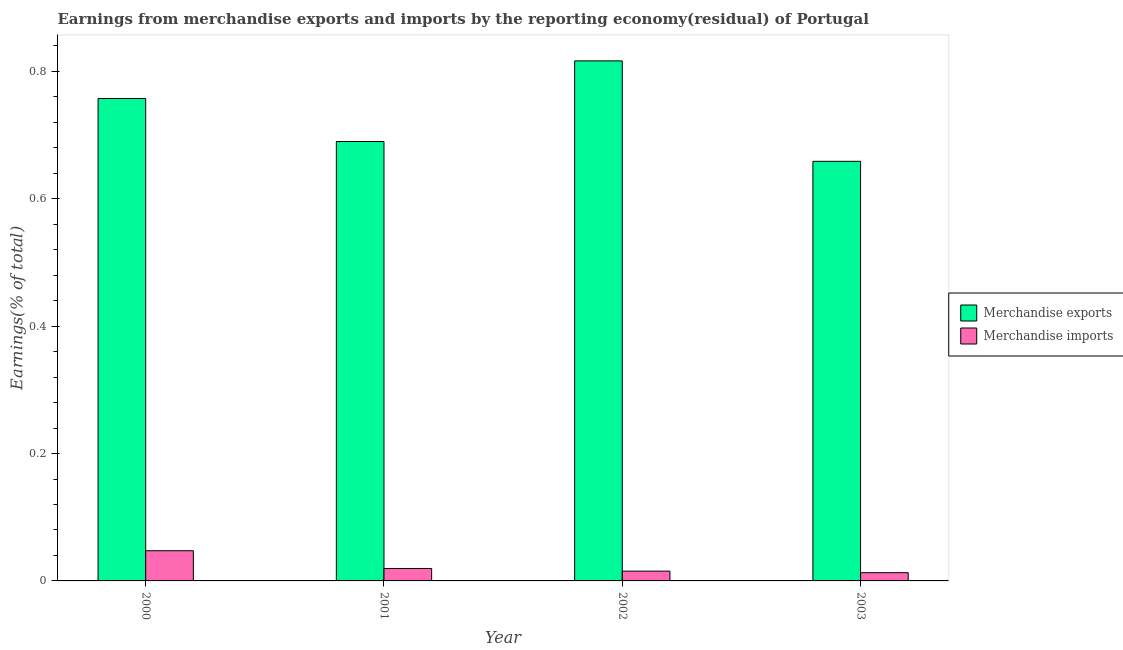
| Year | Merchandise exports | Merchandise imports |
 | --- | --- | --- |
 | 2000 | 0.757 | 0.0474 |
 | 2001 | 0.69 | 0.0195 |
 | 2002 | 0.817 | 0.0154 |
 | 2003 | 0.659 | 0.0129 |